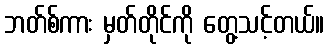
ဘတ်စ်ကား မှတ်တိုင်ကို တွေ့သင့်တယ်။